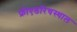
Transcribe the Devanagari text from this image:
फ्रीएडरिचस्थाल